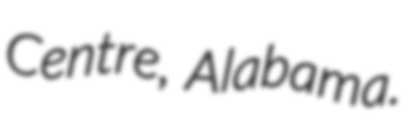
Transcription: Centre, Alabama.